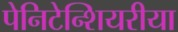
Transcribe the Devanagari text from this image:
पेनिटेन्शियरीया